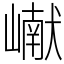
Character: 𪩘